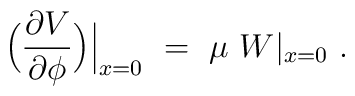
\Big( {\partial V \over  \partial \phi} \Big)\Big|_{x=0} ~=~\mu~ W|_{x=0} \ .